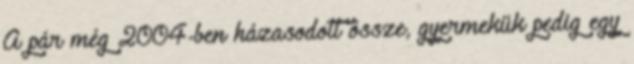
A pár még 2004-ben házasodott össze, gyermekük pedig egy